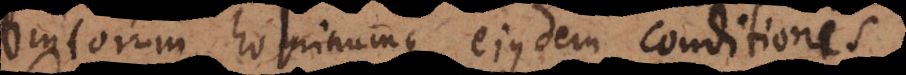
brutorum hominumque ejusdem conditionis